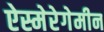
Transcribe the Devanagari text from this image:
ऐस्मेरेगेमीन